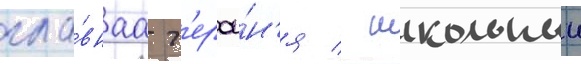
гла́внаа г'ерои́н'я / школьныи